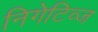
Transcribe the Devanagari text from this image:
निगेटिव्ज